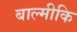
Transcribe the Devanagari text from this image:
बाल्‍मीकि